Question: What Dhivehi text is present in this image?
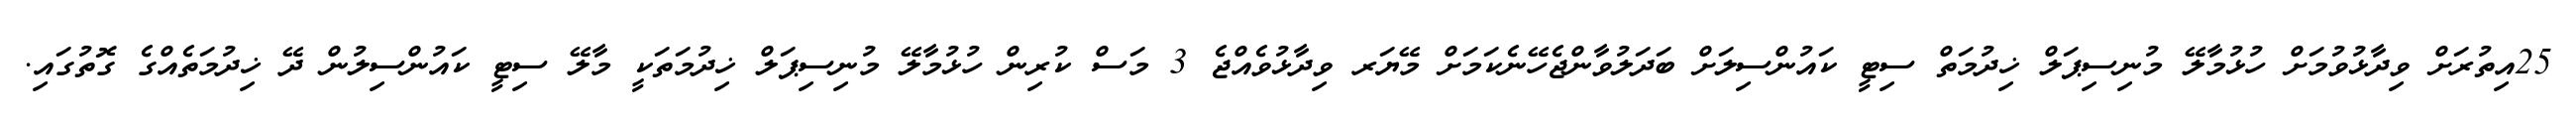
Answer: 25އިތުރަށް ވިދާޅުވުމަށް ހުޅުމާލޭ މުނިސިޕަލް ޚިދުމަތް ސިޓީ ކައުންސިލަށް ބަދަލުވާންޖެހޭނެކަމަށް މޭޔަރ ވިދާޅުވެއްޖެ 3 މަސް ކުރިން ހުޅުމާލޭ މުނިސިޕަލް ޚިދުމަތަކީ މާލޭ ސިޓީ ކައުންސިލުން ދޭ ޚިދުމަތެއްގެ ގޮތުގައި.